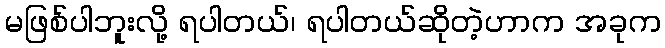
မဖြစ်ပါဘူးလို့ ရပါတယ်၊ ရပါတယ်ဆိုတဲ့ဟာက အခုက